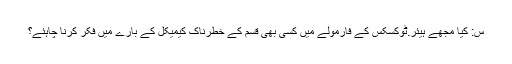
س: کیا مجھے ہیئر.ٹوکسکس کے فارمولے میں کسی بھی قسم کے خطرناک کیمیکل کے بارے میں فکر کرنا چاہئے؟